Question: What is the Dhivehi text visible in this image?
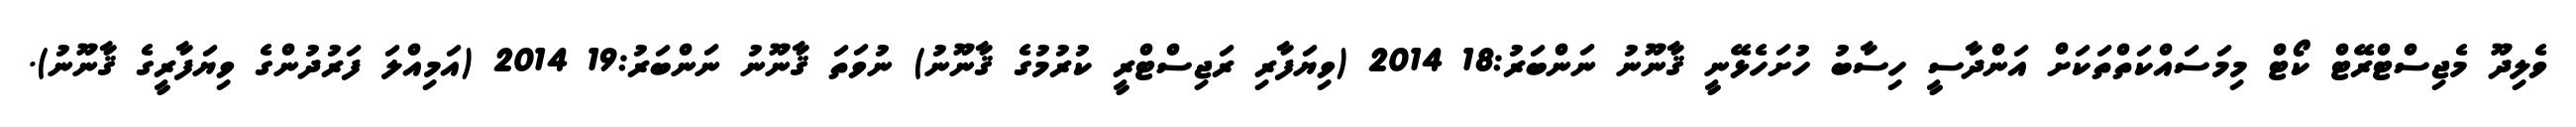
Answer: ވެލިދޫ މެޖިސްޓްރޭޓް ކޯޓް މިމަސައްކަތްތަކަށް އަންދާސީ ހިސާބު ހުށަހެޅޭނީ ޤާނޫނު ނަންބަރު:18 2014 (ވިޔަފާރި ރަޖިސްޓްރީ ކުރުމުގެ ޤާނޫނު) ނުވަތަ ޤާނޫނު ނަންބަރު:19 2014 (އަމިއްލަ ފަރުދުންގެ ވިޔަފާރީގެ ޤާނޫނު).